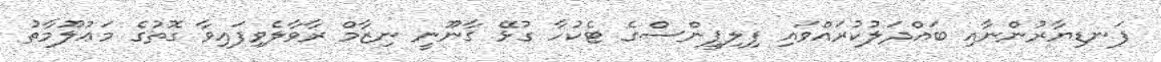
ފަނޑިޔާރުންނާއި ބައްދަލުކުރައްވައި ފިލިޕީންސްގެ ޓެކުހާ ގުޅޭ ޤާނޫނީ ނިޒާމް ރާވާލެވިފައިވާ ގޮތުގެ މަޢުލޫމާތު